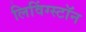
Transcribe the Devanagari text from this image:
लिविंग्स्टॉन